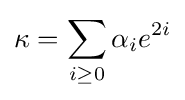
\kappa =\sum _{i\geq 0}\alpha _{i}e^{2i}